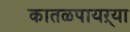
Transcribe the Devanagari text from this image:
कातळपायऱ्या